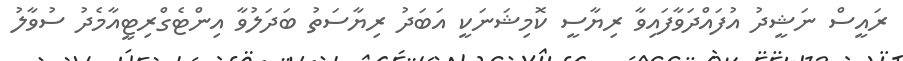
ރައީސް ނަޝީދު އުފައްދަވާފައިވާ ރިޔާސީ ކޮމިޝަނަކީ އަބަދު ރިޔާސަތު ބަދަލުވާ އިންޓެގްރިޓީއާމެދު ސުވާލު